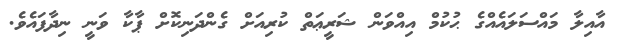
އާއިލާ މައްސަލައެއްގެ ޙުކުމް އިއްވަން ޝަރީޢަތް ކުރިއަށް ގެންދަނިކޮށް ޕާކާ ވަނީ ނިދާފައެވެ.